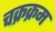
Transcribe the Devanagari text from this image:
चक्रक्रम